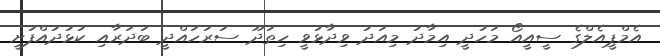
އެމްޕީއެލްގެ ސީއީއޯ މަހުދީ އިމާދު މިއަދު ވިދާޅުވީ ހިތަދޫ ސަރަހައްދީ ބަދަރާއި ކުޅުދުއްފުށީ